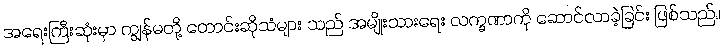
အရေးကြီးဆုံးမှာ ကျွန်မတို့ တောင်းဆိုသံများ သည် အမျိုးသားရေး လက္ခဏာကို ဆောင်လာခဲ့ခြင်း ဖြစ်သည်။